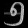
Digit: ၅